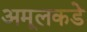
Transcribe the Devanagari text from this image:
अमूलकडे